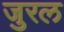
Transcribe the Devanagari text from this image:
जुरल